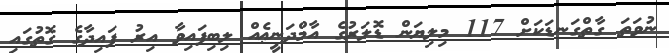
ނުވަތަ ގާތްގަނޑަކަށް 117 މިލިޔަން ޑޮލަރުގެ އާމްދަނީޢެއް ލިބިފައިވާ އިރު ފައިދާގެ ގޮތުގައި